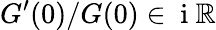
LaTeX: G^{\prime}(0)/G(0)\in\mathrm{~i~}\mathbb{R}